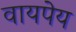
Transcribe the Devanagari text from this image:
वायपेय